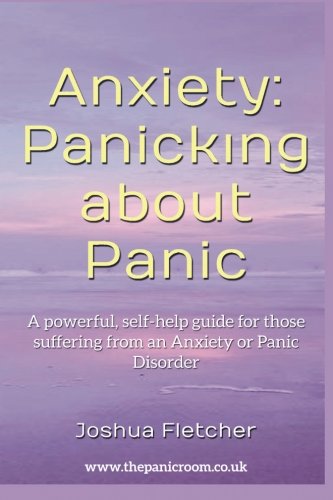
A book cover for Anxiety: Panicking about Panic: A powerful, self-help guide for those suffering from an Anxiety or Panic Disorder (Panic Attacks, Panic Attack Book); Joshua Fletcher; Self-Help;